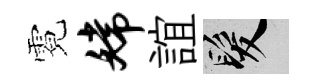
霓嫦誼髮